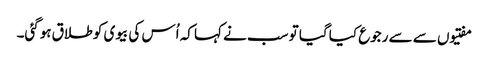
مفتیوں سے سے رجوع کیا گیا تو سب نے کہا کہ اُس کی بیوی کو طلاق ہوگئی۔